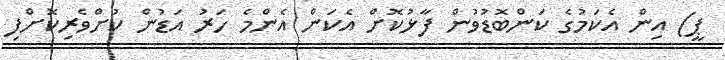
ޕީ) އިން އެކަމުގެ ކަންބޮޑުވުން ފާޅުކޮށް އެކަން އެންމެ ހަރު އަޑުން ކުށްވެރިކޮށްފިި